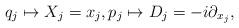
LaTeX: \begin{align*}q_j \mapsto X_j=x_j, p_j \mapsto D_j= -i\partial_{x_j},\end{align*}